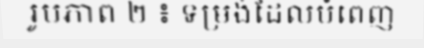
រូបភាព ២ ៖ ទម្រង់ដែលបំពេញ